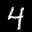
Label: 4